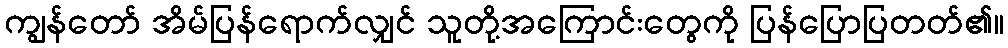
ကျွန်တော် အိမ်ပြန်ရောက်လျှင် သူတို့အကြောင်းတွေကို ပြန်ပြောပြတတ်၏။